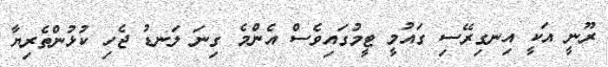
ރޫނީ އަކީ އިނގިރޭސި ގައުމީ ޓީމުގައިވެސް އެންމެ ގިނަ ލަނޑު ޖެހި ކުޅުންތެރިޔާ